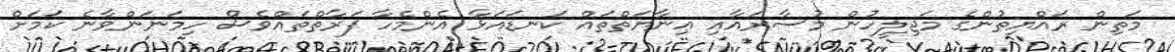
މަތިން ރައްޔިތުންގެ މަޖިލީހުން މުސާރައާއި ޢިނާޔަތްތައް ކަނޑައަޅާ އެންމެހާ ފަރާތްތައްވެސް ހިމަނަންވާނެ ކަމަށް